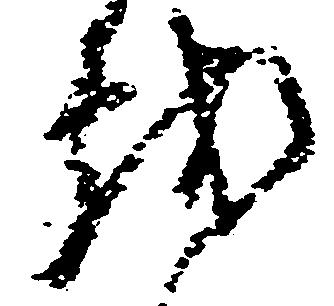
越